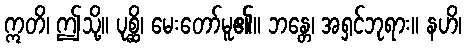
ဣတိ၊ ဤသို့။ ပုစ္ဆိ၊ မေးတော်မူ၏။ ဘန္တေ၊ အရှင်ဘုရား။ နဟိ၊